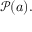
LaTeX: { \mathcal { P } } ( a ) .